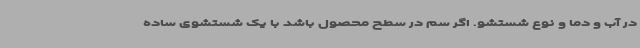
در آب و دما و نوع شستشو. اگر سم در سطح محصول باشد با یک شستشوی ساده